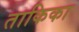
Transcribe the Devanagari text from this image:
ताकिका